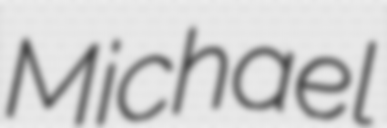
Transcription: Michael